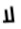
لا